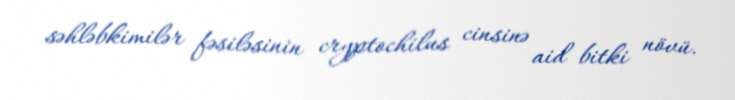
səhləbkimilər fəsiləsinin cryptochilus cinsinə aid bitki növü.